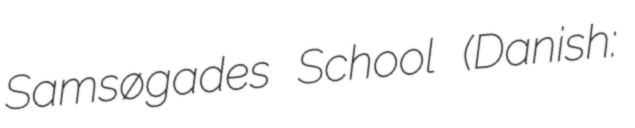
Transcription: Samsøgades School (Danish: